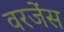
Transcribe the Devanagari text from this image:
वरजेंस